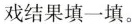
戏结果填一填。